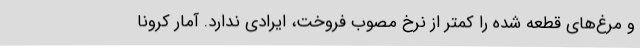
و مرغ‌های قطعه شده را کمتر از نرخ مصوب فروخت، ایرادی ندارد. آمار کرونا